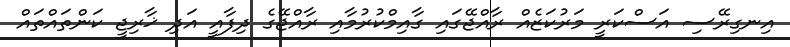
އިނގިރޭސި އަސްކަރީ މަރުކަޒެއް ރާއްޖޭގައި ގާއިމްކުރުމާއި ރާއްޖޭގެ ދިފާއީ އަދި ޚާރިޖީ ކަންތައްތައް